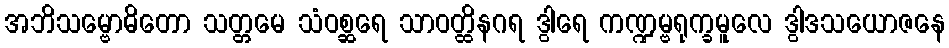
အဘိသမ္ဗောဓိတော သတ္တမေ သံဝစ္ဆရေ သာဝတ္ထိနဂရ ဒွါရေ ကဏ္ဍမ္ဗရုက္ခမူလေ ဒွါဒသယောဇနေ